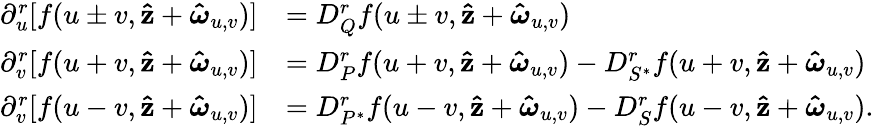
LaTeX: \begin{array}{rl}{\partial_{u}^{r}[f(u\pm v,\mathbf{\hat{z}}+\boldsymbol{\hat{\omega}}_{u,v})]}&{=D_{Q}^{r}f(u\pm v,\mathbf{\hat{z}}+\boldsymbol{\hat{\omega}}_{u,v})}\\ {\partial_{v}^{r}[f(u+v,\mathbf{\hat{z}}+\boldsymbol{\hat{\omega}}_{u,v})]}&{=D_{P}^{r}f(u+v,\mathbf{\hat{z}}+\boldsymbol{\hat{\omega}}_{u,v})-D_{S^{*}}^{r}f(u+v,\mathbf{\hat{z}}+\boldsymbol{\hat{\omega}}_{u,v})}\\ {\partial_{v}^{r}[f(u-v,\mathbf{\hat{z}}+\boldsymbol{\hat{\omega}}_{u,v})]}&{=D_{P^{*}}^{r}f(u-v,\mathbf{\hat{z}}+\boldsymbol{\hat{\omega}}_{u,v})-D_{S}^{r}f(u-v,\mathbf{\hat{z}}+\boldsymbol{\hat{\omega}}_{u,v}).}\end{array}